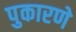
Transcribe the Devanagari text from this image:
पुकारणे